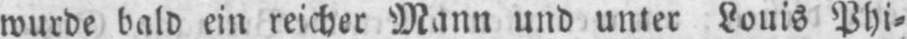
wurde bald ein reicher Mann und unter Louis Phi⸗